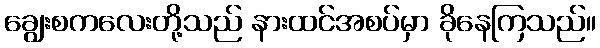
ချွေးစကလေးတို့သည် နားထင်အစပ်မှာ ခိုနေကြသည်။